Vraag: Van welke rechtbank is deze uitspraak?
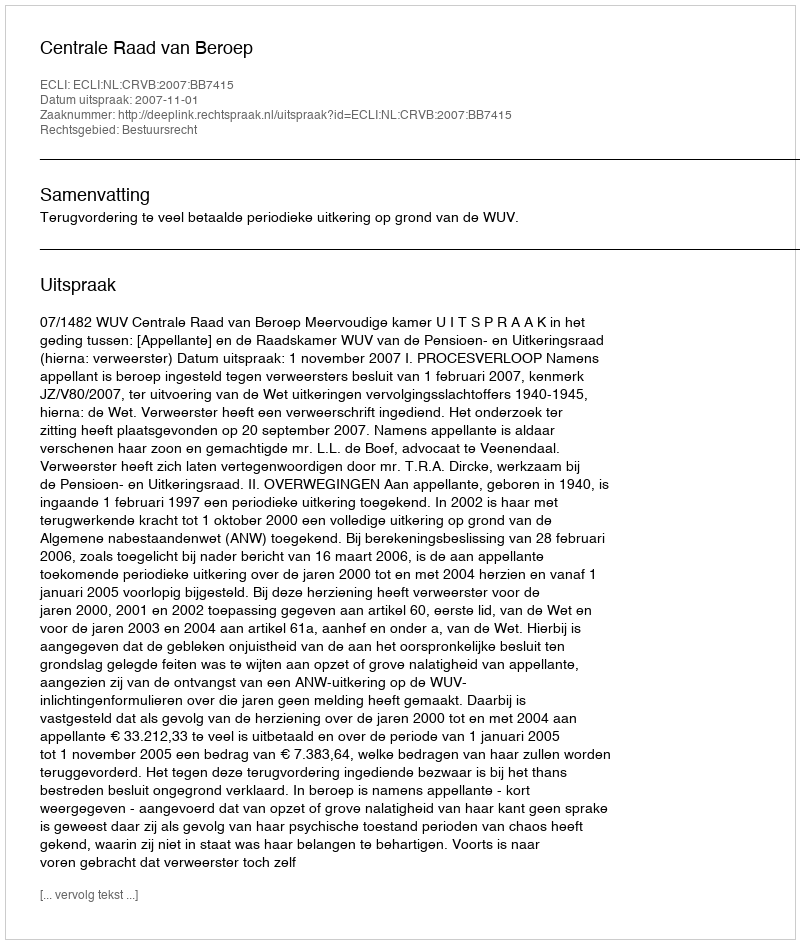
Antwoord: Centrale Raad van Beroep